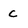
Character: c